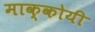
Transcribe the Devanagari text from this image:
माक्कोयी